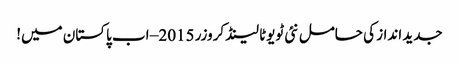
جدید انداز کی حامل نئی ٹویوٹا لینڈ کروزر 2015 – اب پاکستان میں!